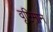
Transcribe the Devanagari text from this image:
वृष्टिमान